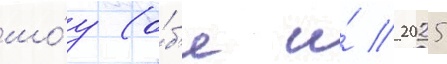
шо́у (о́б'е и́ 2025